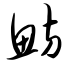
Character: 鲂